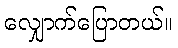
လျှောက်ပြောတယ်။